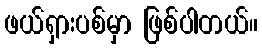
ဖယ်ရှားပစ်မှာ ဖြစ်ပါတယ်။